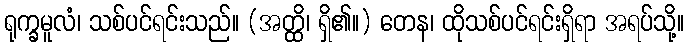
ရုက္ခမူလံ၊ သစ်ပင်ရင်းသည်။ (အတ္ထိ၊ ရှိ၏။) တေန၊ ထိုသစ်ပင်ရင်းရှိရာ အရပ်သို့။